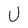
Character: U